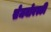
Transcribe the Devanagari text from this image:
सेजनोवस्की